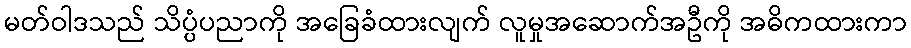
မတ်ဝါဒသည် သိပ္ပံပညာကို အခြေခံထားလျက် လူမှုအဆောက်အဦကို အဓိကထားကာ